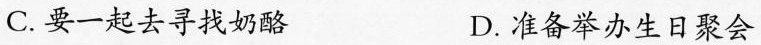
C.要一起去寻找奶酪 D.准备举办生日聚会